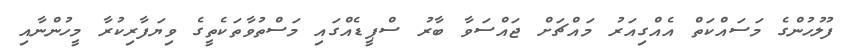
ފުލުހުންގެ މަސައްކަތް އެއްގިއަރު މައްޗަށް ޖައްސަވާ ބާރު ސްޕީޑެއްގައި މަސްތުވާތަކެތީގެ ވިޔަފާރިކުރާ މީހުންނާއި